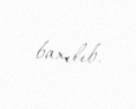
baxılıb.